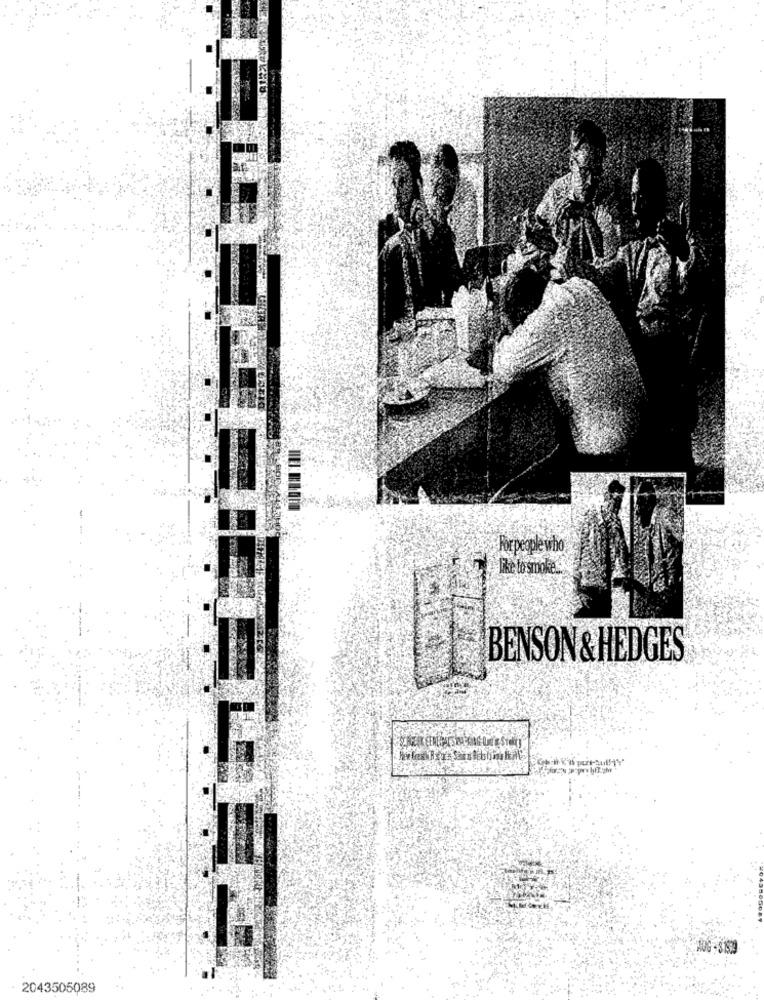
Forpeople who
Like to smoke.
BENSON & HEDGES
2043505089